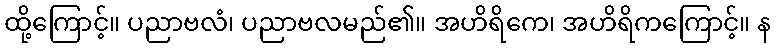
ထို့ကြောင့်။ ပညာဗလံ၊ ပညာဗလမည်၏။ အဟိရိကေ၊ အဟိရိကကြောင့်။ န